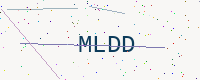
Text: MLDD